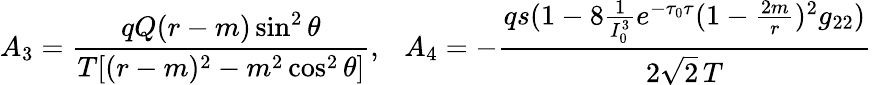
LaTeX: A_{3}={\frac{qQ(r-m)\sin^{2}\theta}{T[(r-m)^{2}-m^{2}\cos^{2}\theta]}},\ \ \ A_{4}=-{\frac{qs(1-8{\frac{1}{I_{0}^{3}}}e^{-\tau_{0}\tau}(1-{\frac{2m}{r}})^{2}g_{22})}{2\sqrt{2}\, T}}